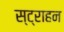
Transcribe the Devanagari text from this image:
स्ट्राहन